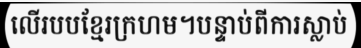
លើរបបខ្មែរក្រហម។បន្ទាប់ពីការស្លាប់